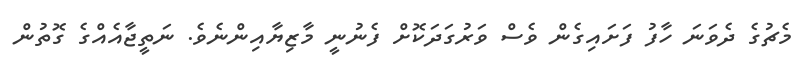
މެޗުގެ ދެވަނަ ހާފު ފަށައިގެން ވެސް ވަރުގަދަކޮށް ފެނުނީ މާޒިޔާއިންނެވެ. ނަތީޖާއެއްގެ ގޮތުން